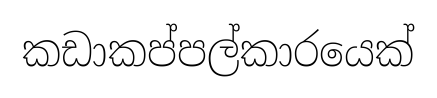
කඩාකප්පල්කාරයෙක්